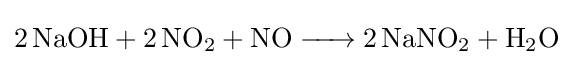
{\ce {2NaOH + 2NO2 + NO -> 2NaNO2 + H2O}}